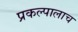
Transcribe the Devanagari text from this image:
प्रकल्पालाच